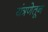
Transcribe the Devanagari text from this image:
यंत्रणेतून